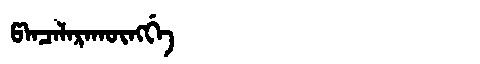
Manchu: ᡦᠠᠨᠴᠠᠯᠠᡵᠠᡴᡡᠩᡤᡝ
Romanization: PANCALARAKŪNGGE